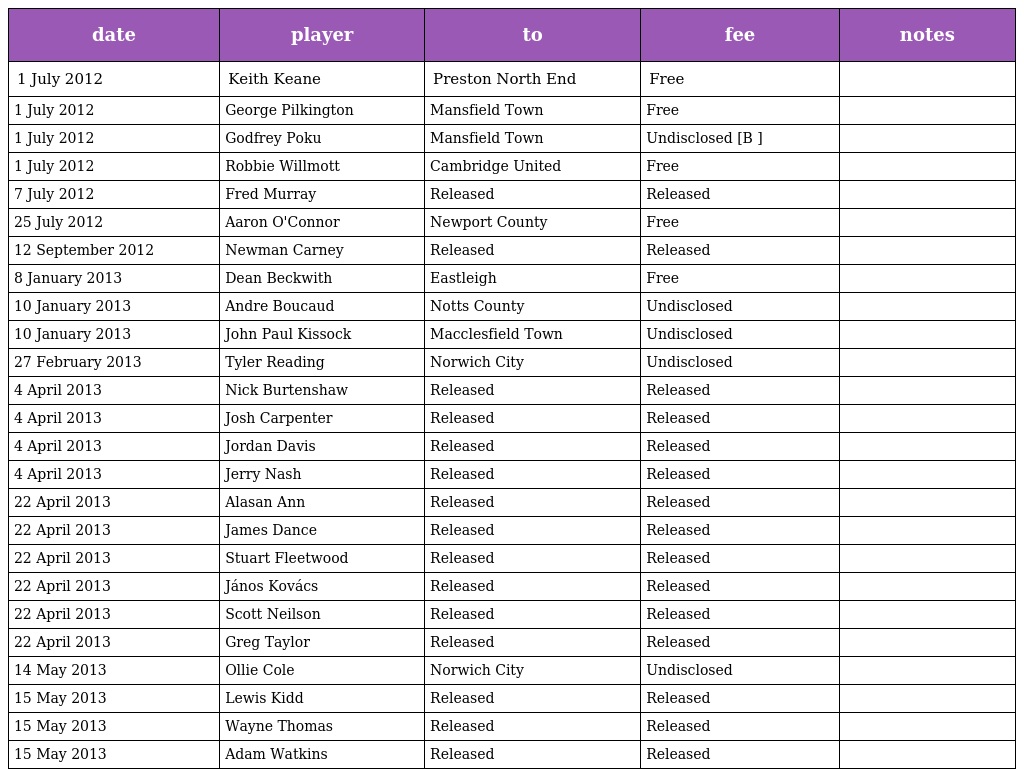
| date | player | to | fee | notes |
 | --- | --- | --- | --- | --- |
 | 1 July 2012 | Keith Keane | Preston North End | Free |  |
 | 1 July 2012 | George Pilkington | Mansfield Town | Free |  |
 | 1 July 2012 | Godfrey Poku | Mansfield Town | Undisclosed [B ] |  |
 | 1 July 2012 | Robbie Willmott | Cambridge United | Free |  |
 | 7 July 2012 | Fred Murray | Released | Released |  |
 | 25 July 2012 | Aaron O'Connor | Newport County | Free |  |
 | 12 September 2012 | Newman Carney | Released | Released |  |
 | 8 January 2013 | Dean Beckwith | Eastleigh | Free |  |
 | 10 January 2013 | Andre Boucaud | Notts County | Undisclosed |  |
 | 10 January 2013 | John Paul Kissock | Macclesfield Town | Undisclosed |  |
 | 27 February 2013 | Tyler Reading | Norwich City | Undisclosed |  |
 | 4 April 2013 | Nick Burtenshaw | Released | Released |  |
 | 4 April 2013 | Josh Carpenter | Released | Released |  |
 | 4 April 2013 | Jordan Davis | Released | Released |  |
 | 4 April 2013 | Jerry Nash | Released | Released |  |
 | 22 April 2013 | Alasan Ann | Released | Released |  |
 | 22 April 2013 | James Dance | Released | Released |  |
 | 22 April 2013 | Stuart Fleetwood | Released | Released |  |
 | 22 April 2013 | János Kovács | Released | Released |  |
 | 22 April 2013 | Scott Neilson | Released | Released |  |
 | 22 April 2013 | Greg Taylor | Released | Released |  |
 | 14 May 2013 | Ollie Cole | Norwich City | Undisclosed |  |
 | 15 May 2013 | Lewis Kidd | Released | Released |  |
 | 15 May 2013 | Wayne Thomas | Released | Released |  |
 | 15 May 2013 | Adam Watkins | Released | Released |  |